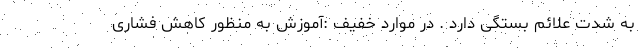
به شدت علائم بستگی دارد . در موارد خفیف :آموزش به منظور کاهش فشاری